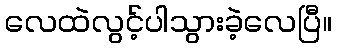
လေထဲလွင့်ပါသွားခဲ့လေပြီ။